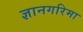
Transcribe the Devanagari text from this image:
ज्ञानगरिमा